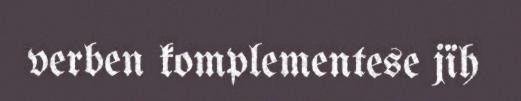
verben komplementese jïh